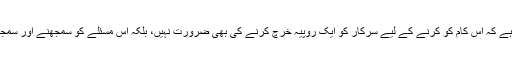
امید کی کرن اب بھی روشن ہے اور اچھی بات یہ ہے کہ اس کام کو کرنے کے لیے سرکار کو ایک روپیہ خرچ کرنے کی بھی ضرورت نہیں، بلکہ اس مسئلے کو سمجھنے اور سمجھ کر سنجیدگی سے حل کرنے کی نیت درکار ہے۔